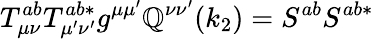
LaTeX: T_{\mu\nu}^{ab}T_{\mu^{\prime}\nu^{\prime}}^{ab*}g^{\mu\mu^{\prime}}\mathbb{Q}^{\nu\nu^{\prime}}(k_{2})=S^{ab}S^{ab*}